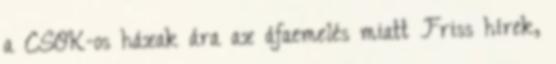
a CSOK-os házak ára az áfaemelés miatt Friss hírek,